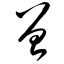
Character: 曾